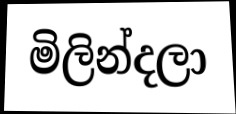
මිලින්දලා